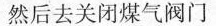
然后去关闭煤气阀门